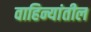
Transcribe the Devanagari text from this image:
वाहिन्यांतील